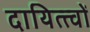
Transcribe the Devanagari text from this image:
दायित्त्वों